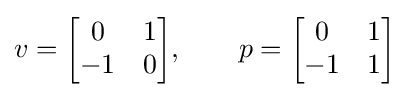
v={\begin{bmatrix}0&1\\-1&0\end{bmatrix}},\qquad p={\begin{bmatrix}0&1\\-1&1\end{bmatrix}}